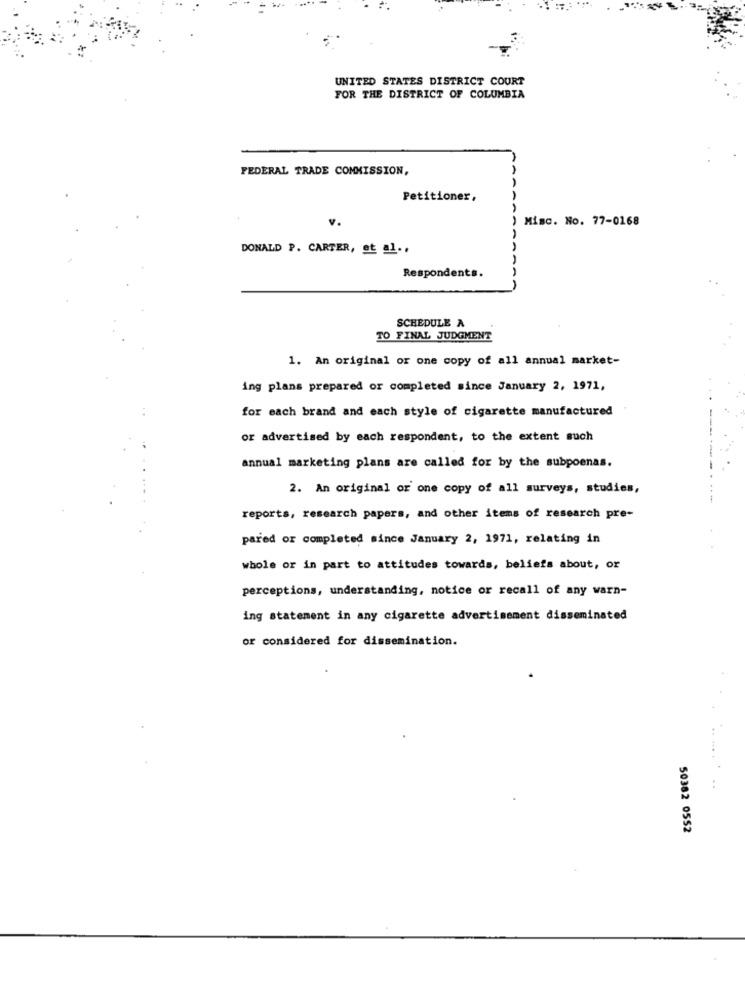
UNITED STATES DISTRICT COURT
FOR THE DISTRICT OF COLUMBIA
FEDERAL TRADE COMMISSION,
Petitioner,
AAAA
v.
Misc. No. 77-0168
DONALD P. CARTER, et al .,
Respondents.
SCHEDULE A
TO FINAL JUDGMENT
1. An original or one copy of all annual market-
ing plans prepared or completed since January 2, 1971,
for each brand and each style of cigarette manufactured
or advertised by each respondent, to the extent such
annual marketing plans are called for by the subpoenas.
2. An original or one copy of all surveys, studies,
reports, research papers, and other items of research pre-
pared or completed since January 2, 1971, relating in
whole or in part to attitudes towards, beliefs about, or
perceptions, understanding, notice or recall of any warn-
ing statement in any cigarette advertisement disseminated
or considered for dissemination.
50382 0552